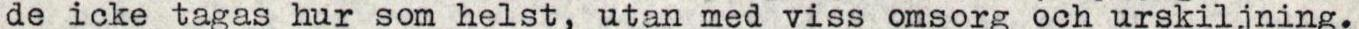
de icke tagas hur som helst, utan med viss omsorg och urskiljning.